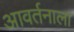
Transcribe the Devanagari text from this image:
आवर्तनाला